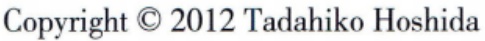
Copyright \copyright 2012 Tadahiko Hoshida